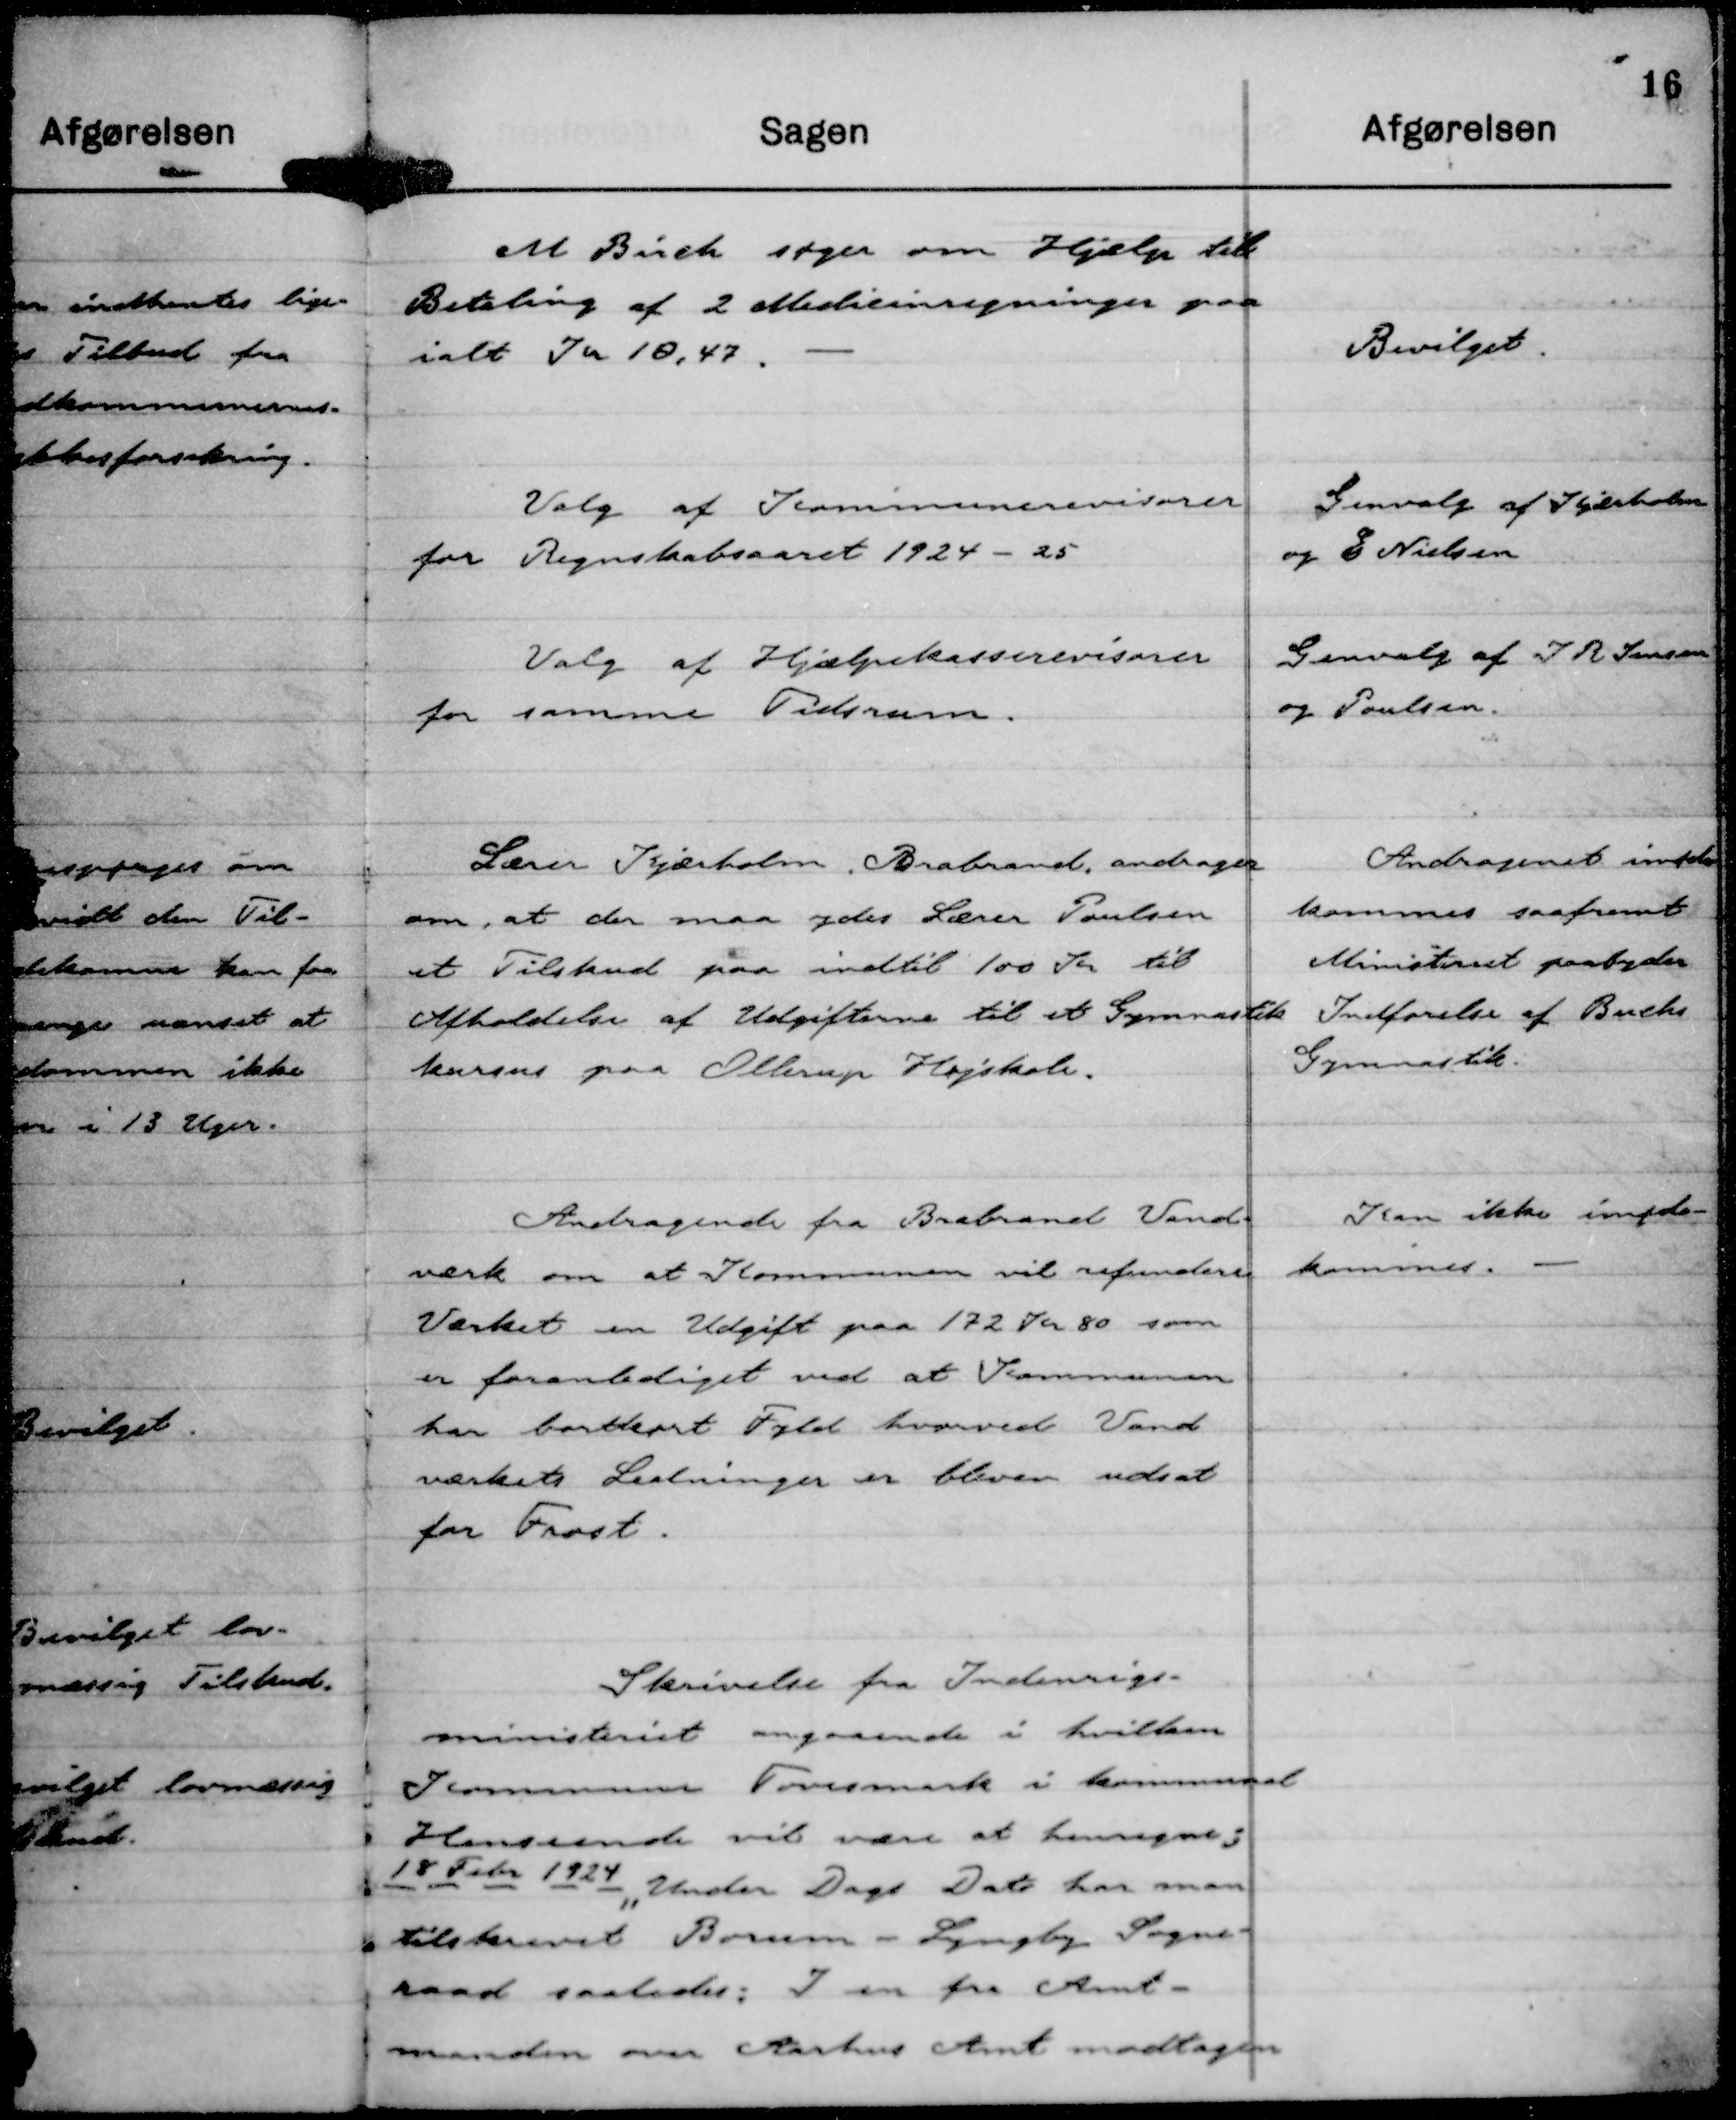
Transskription:
M Birch søger om Hjælp til
Betaling af 2 Medicinregninger paa
ialt Kr 18,47.

Bevilget.

Valg af Kommunerevisorer
for Regnskabsaaret 1924 - 25

Genvalg af Kjærholm
og E Nielsen

Valg af Hjælpekasserevisorer
for samme Tidsrum.

Genvalg af J R Jensen
og Poulsen.

Lærer Kjærholm, Brabrand andrager
om, at der maa ydes Lærer Poulsen
et Tilskud paa indtil 100 Kr til
Afholdelse af Udgifterne til et Gymnastik
kursus paa Ollerup Højskole.

Andragenet imøde-
kommes saafremt 
Ministeriet paabyder
Indførelse af Buchs
Gymnastik.

Andragende fra Brabrand Vand-
værk om at Kommunen vil refundere
Værket en Udgift paa 172 Kr 80 som
er foranlediget ved at Kommunen
har bortkørt Fyld hvorved Vand
værkets Ledninger er bleven udsat
for Frost.

Kan ikke imøde-
kommes.

Skrivelse fra Indenrigs-
ministeriet angaaende i hvilken
Kommune Tovesmark i kommunal
Henseende vil være at henregne;
18 Febr 1924 "Under Dags Dato har man
tilskrevet Borum - Lyngby Sogne-
raad saaledes: I en fra Amt-
manden over Aarhus Amt modtagen